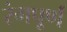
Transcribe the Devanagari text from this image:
रंगपूर्ण